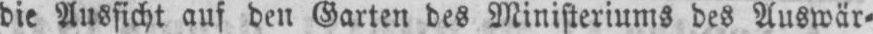
die Aussicht auf den Garten des Ministeriums des Auswär⸗